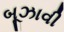
બૂઝાવી